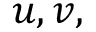
u , v ,